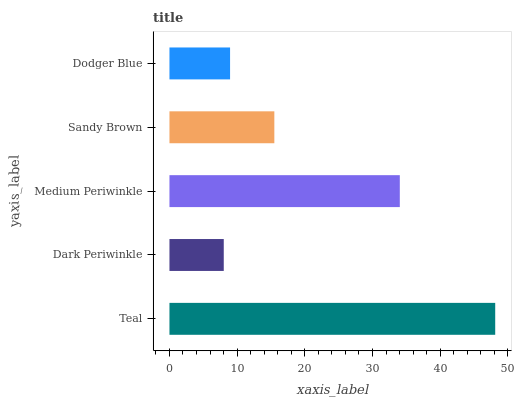
| yaxis_label | bars |
 | --- | --- |
 | Teal | 48.1 |
 | Dark Periwinkle | 8.02 |
 | Medium Periwinkle | 34 |
 | Sandy Brown | 15.5 |
 | Dodger Blue | 8.96 |